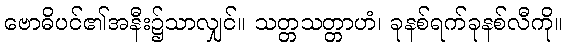
ဗောဓိပင်၏အနီး၌သာလျှင်။ သတ္တသတ္တာဟံ၊ ခုနစ်ရက်ခုနစ်လီကို။